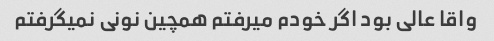
واقا عالی بود اگر خودم میرفتم همچین نونی نمیگرفتم